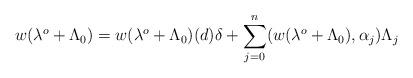
LaTeX: \begin{gather*}w(\lambda^o+\Lambda_0)= w(\lambda^o+\Lambda_0)(d)\delta+ \sum_{j=0}^n (w(\lambda^o+\Lambda_0), \alpha_j)\Lambda_j\end{gather*}